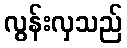
လွန်းလှသည်